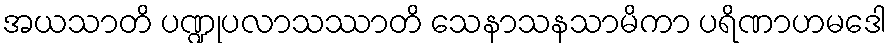
အယသာတိ ပဏ္ဍုပလာသဿာတိ သေနာသနသာမိကာ ပရိဏာဟမဒေါ